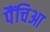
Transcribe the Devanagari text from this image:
पैंचिआ